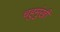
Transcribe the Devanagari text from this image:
चहुमुंखी